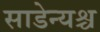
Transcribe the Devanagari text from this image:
साडेन्यश्च